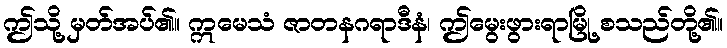
ဤသို့ မှတ်အပ်၏။ ဣမေသံ ဇာတနဂရာဒီနံ၊ ဤမွေးဖွားရာမြို့ စသည်တို့၏။